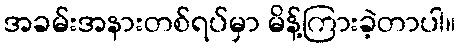
အခမ်းအနားတစ်ရပ်မှာ မိန့်ကြားခဲ့တာပါ။